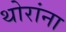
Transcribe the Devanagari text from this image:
थोरांना